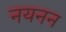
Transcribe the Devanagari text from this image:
नयनन